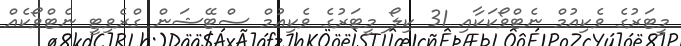
މީޓަރުގެ ވެކިއުމް ނެޓްވޯކަކާއި 31 ކިލޯ މީޓަރުގެ ވެކިއުމް ސްޓޭޝަން ގްރެވިޓީ ނެޓްވޯކެއް